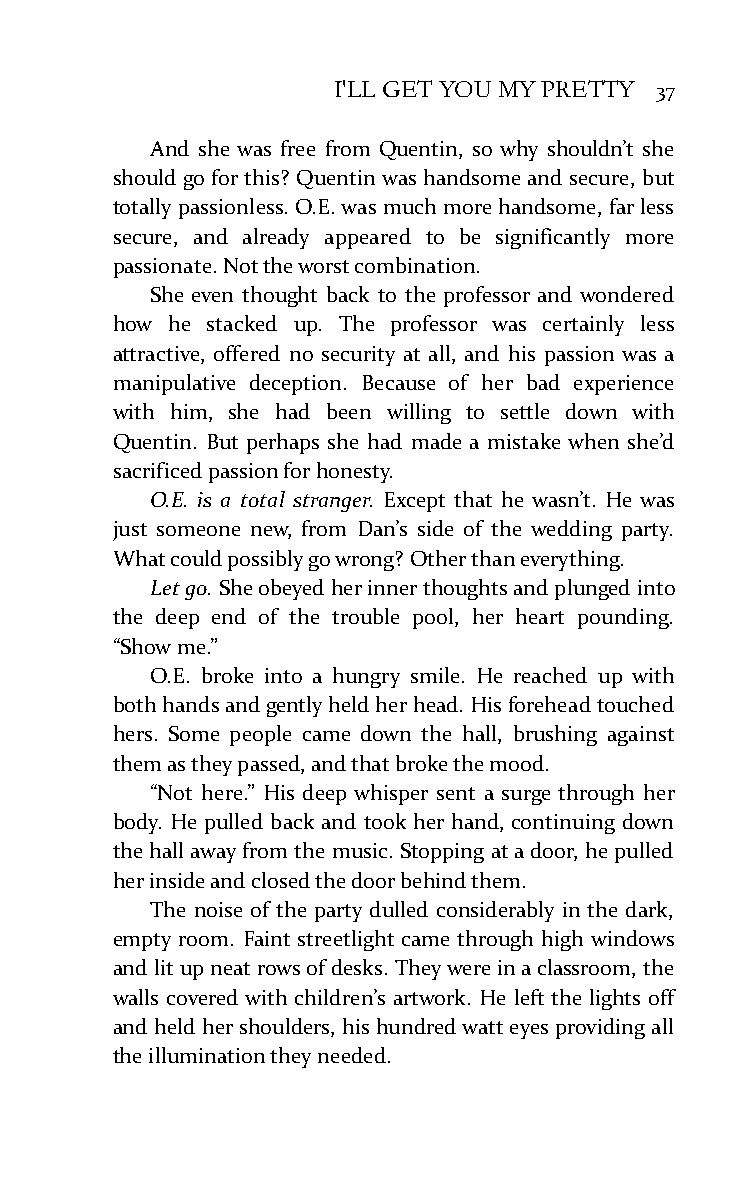
I'LL GET YOU MY PRETTY 37
 And she was free from Quentin, so why shouldn’t she
 should go for this? Quentin was handsome and secure, but
 totally passionless. O.E. was much more handsome, far less
 secure, and already appeared to be significantly more
 passionate. Not the worst combination.
 She even thought back to the professor and wondered
 how he stacked up. The professor was certainly less
 attractive, offered no security at all, and his passion was a
 manipulative deception. Because of her bad experience
 with him, she had been willing to settle down with
 Quentin. But perhaps she had made a mistake when she’d
 sacrificed passion for honesty.
 O.E. is a total stranger. Except that he wasn’t. He was
 just someone new, from Dan’s side of the wedding party.
 What could possibly go wrong? Other than everything.
 Let go. She obeyed her inner thoughts and plunged into
 the deep end of the trouble pool, her heart pounding.
 “Show me.”
 O.E. broke into a hungry smile. He reached up with
 both hands and gently held her head. His forehead touched
 hers. Some people came down the hall, brushing against
 them as they passed, and that broke the mood.
 “Not here.” His deep whisper sent a surge through her
 body. He pulled back and took her hand, continuing down
 the hall away from the music. Stopping at a door, he pulled
 her inside and closed the door behind them.
 The noise of the party dulled considerably in the dark,
 empty room. Faint streetlight came through high windows
 and lit up neat rows of desks. They were in a classroom, the
 walls covered with children’s artwork. He left the lights off
 and held her shoulders, his hundred watt eyes providing all
 the illumination they needed.